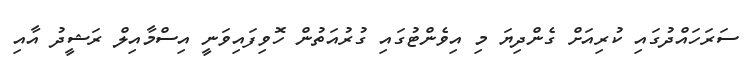
ސަރަހައްދުގައި ކުރިއަށް ގެންދިޔަ މި އިވެންޓުގައި ގުރުއަތުން ހޮވިފައިވަނީ އިސްމާއިލް ރަޝީދު އާއި